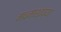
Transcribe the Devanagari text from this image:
मधमाशांच्या